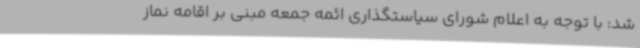
شد: با توجه به اعلام شورای سیاستگذاری ائمه جمعه مبنی بر اقامه نماز